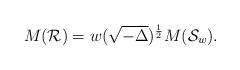
LaTeX: \begin{align*}M(\mathcal{R})=w(\sqrt{-\Delta})^{\frac{1}{2}}M(\mathcal{S}_w).\end{align*}